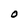
Character: O